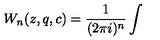
W _ { n } ( z , q , c ) = \frac { 1 } { ( 2 \pi i ) ^ { n } } \int